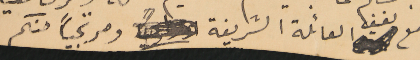
مع لفيف العائلة الشريفة ومرتجياً منكم